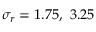
\sigma _ { r } = 1 . 7 5 , ~ 3 . 2 5